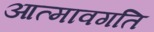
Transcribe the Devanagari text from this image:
आत्मावगति